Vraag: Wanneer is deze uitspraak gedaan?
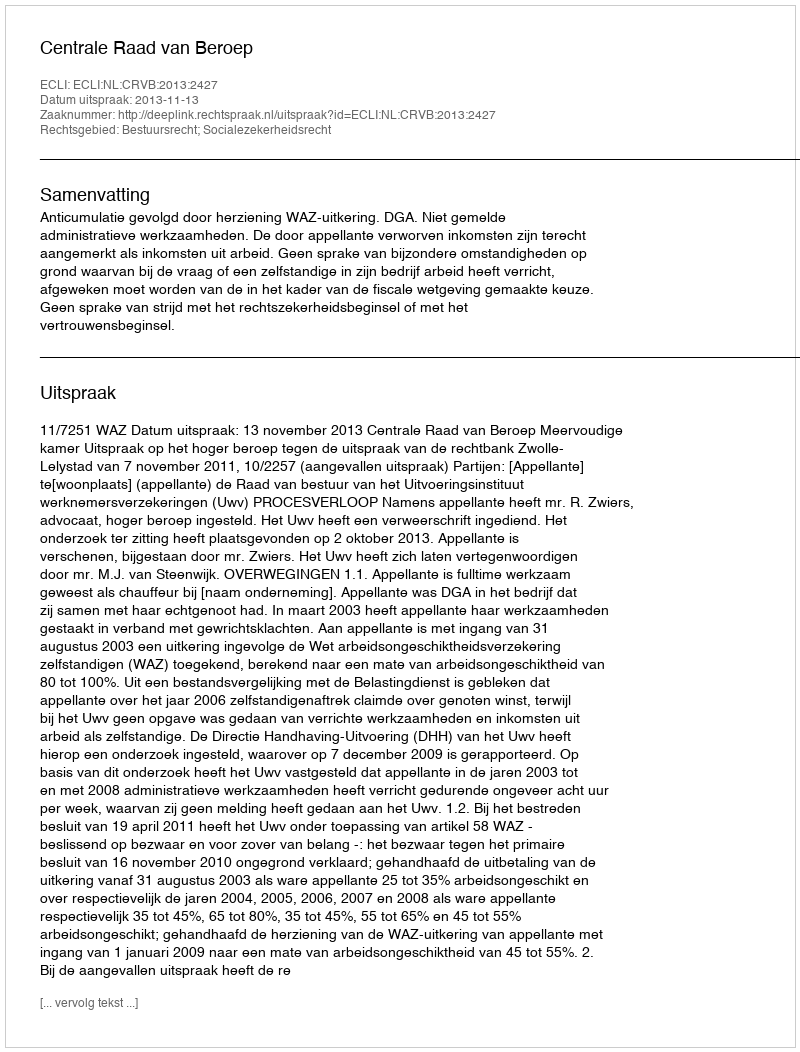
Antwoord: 2013-11-13